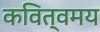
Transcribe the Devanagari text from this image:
कवित्वमय